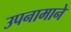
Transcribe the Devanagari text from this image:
उपनामाने